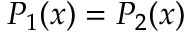
P _ { 1 } ( x ) = P _ { 2 } ( x )